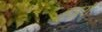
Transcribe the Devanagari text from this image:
हज़रों